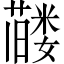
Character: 𬞰